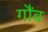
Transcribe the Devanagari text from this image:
गौंव